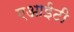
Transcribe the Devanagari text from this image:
एआईटी